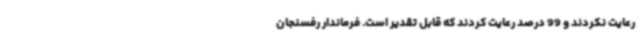
رعایت نکردند و 99 درصد رعایت کردند که قابل تقدیر است. فرماندار رفسنجان